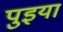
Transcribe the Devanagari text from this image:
पुइया